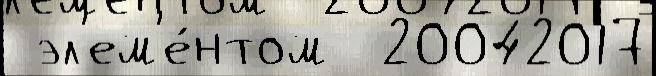
 эл'ем'е́нтом  20042017